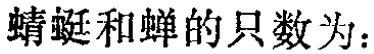
蜻蜓和蝉的只数为：